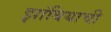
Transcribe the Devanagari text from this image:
झांबियाची